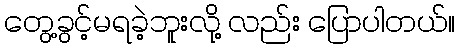
တွေ့ခွင့်မရခဲ့ဘူးလို့ လည်း ပြောပါတယ်။